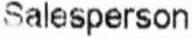
SALESPERSON